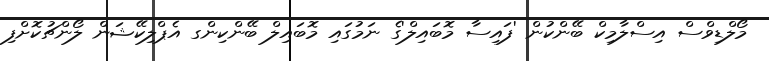
މޯލްޑިވްސް އިސްލާމިކް ބޭންކުން 'ފައިސާ މޮބައިލް'ގެ ނަމުގައި މޮބައިލް ބޭންކިންގ އެޕްލިކޭޝަން ލޯންޗުކޮށްފި